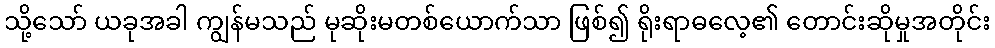
သို့သော် ယခုအခါ ကျွန်မသည် မုဆိုးမတစ်ယောက်သာ ဖြစ်၍ ရိုးရာဓလေ့၏ တောင်းဆိုမှုအတိုင်း